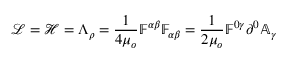
\mathcal { L } = \mathcal { H } = \Lambda _ { \rho } = \frac { 1 } { 4 \mu _ { o } } \mathbb { F } ^ { \alpha \beta } \mathbb { F } _ { \alpha \beta } = \frac { 1 } { 2 \mu _ { o } } \mathbb { F } ^ { 0 \gamma } \partial ^ { 0 } \mathbb { A } _ { \gamma }